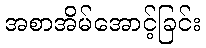
အစာအိမ်အောင့်ခြင်း